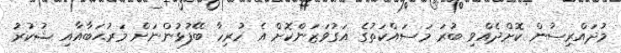
މުދައްރިސުން ކޮށްދެއްވި ބުރަ މަސައްކަތުގެ އަގުވަޒަންކޮށް އެ ހުރިހާ ބޭފުޅުންނަށް މަރުޙަބާއާއި ޝުކުރު